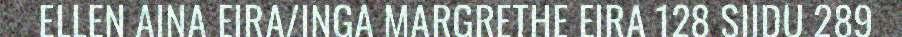
ELLEN AINA EIRA/INGA MARGRETHE EIRA 128 SIIDU 289